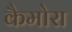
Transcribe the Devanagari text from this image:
कैमोरा